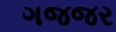
ગજજર